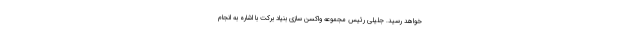
خواهد رسید. جلیلی رئیس مجموعه واکسن سازی بنیاد برکت با اشاره به انجام